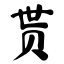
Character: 贳